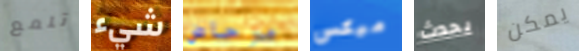
تلمع شيء مرحاض ميكس يحدث يمكن